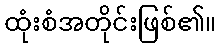
ထုံးစံအတိုင်းဖြစ်၏။